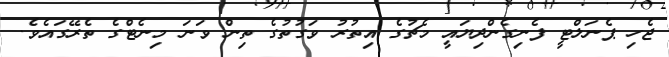
ޖެހި ޕެނަލްޓީ ފެނިގެންދިޔައީ މެޗުގެ އިތުރު ވަގުތުގެ ތިން ވަނަ މިނެޓްގެ ތެރޭގައެވެ.